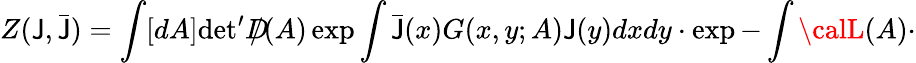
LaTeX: Z(\mathsf{J},\bar{{\mathsf{J}}})=\int[dA]\mathrm{{det}}^{\prime}D\! \! \! \! /(A)\exp\int\bar{{\mathsf{J}}}(x)G(x,y;A)\mathsf{J}(y)dxdy\cdot\exp-\int{\calL}(A)\cdot